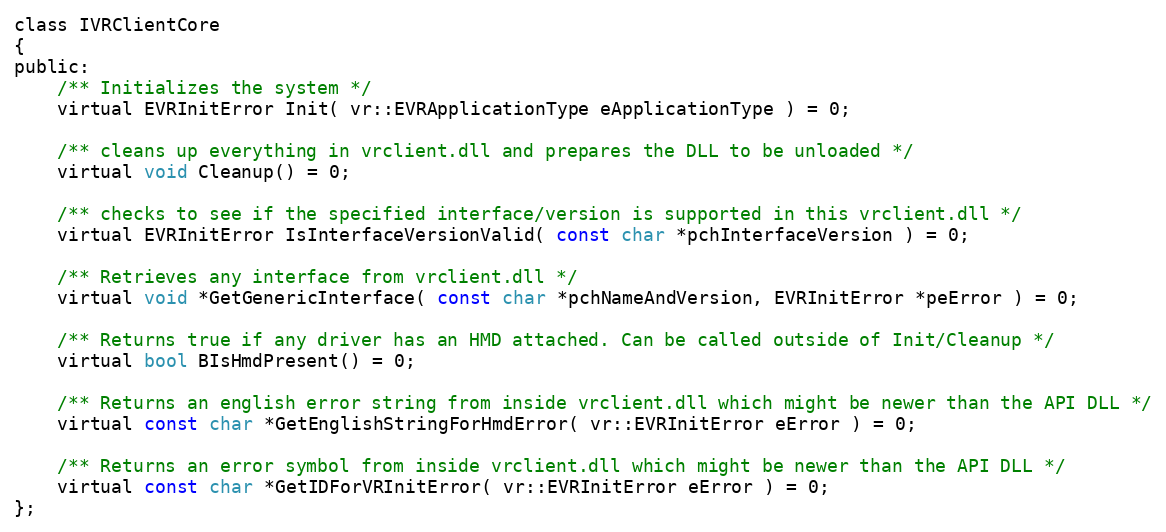
Language: C
class IVRClientCore
{
public:
	/** Initializes the system */
	virtual EVRInitError Init( vr::EVRApplicationType eApplicationType ) = 0;

	/** cleans up everything in vrclient.dll and prepares the DLL to be unloaded */
	virtual void Cleanup() = 0;

	/** checks to see if the specified interface/version is supported in this vrclient.dll */
	virtual EVRInitError IsInterfaceVersionValid( const char *pchInterfaceVersion ) = 0;

	/** Retrieves any interface from vrclient.dll */
	virtual void *GetGenericInterface( const char *pchNameAndVersion, EVRInitError *peError ) = 0;

	/** Returns true if any driver has an HMD attached. Can be called outside of Init/Cleanup */
	virtual bool BIsHmdPresent() = 0;

	/** Returns an english error string from inside vrclient.dll which might be newer than the API DLL */
	virtual const char *GetEnglishStringForHmdError( vr::EVRInitError eError ) = 0;

	/** Returns an error symbol from inside vrclient.dll which might be newer than the API DLL */
	virtual const char *GetIDForVRInitError( vr::EVRInitError eError ) = 0;
};